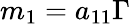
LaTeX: m_{1}=a_{11}\Gamma